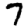
Digit: 7